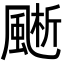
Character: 𩗱